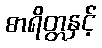
စာရိတ္တနှင့်